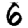
Digit: 6